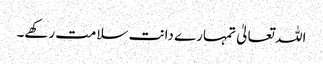
اللہ تعالیٰ تمہارے دانت سلامت رکھے۔